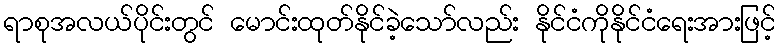
ရာစုအလယ်ပိုင်းတွင် မောင်းထုတ်နိုင်ခဲ့သော်လည်း နိုင်ငံကိုနိုင်ငံရေးအားဖြင့်